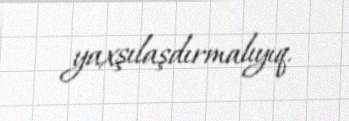
yaxşılaşdırmalıyıq.